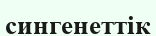
сингенеттік